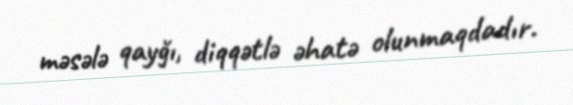
məsələ qayğı, diqqətlə əhatə olunmaqdadır.